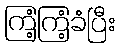
ကြံ့ကြံ့ခံပြီး